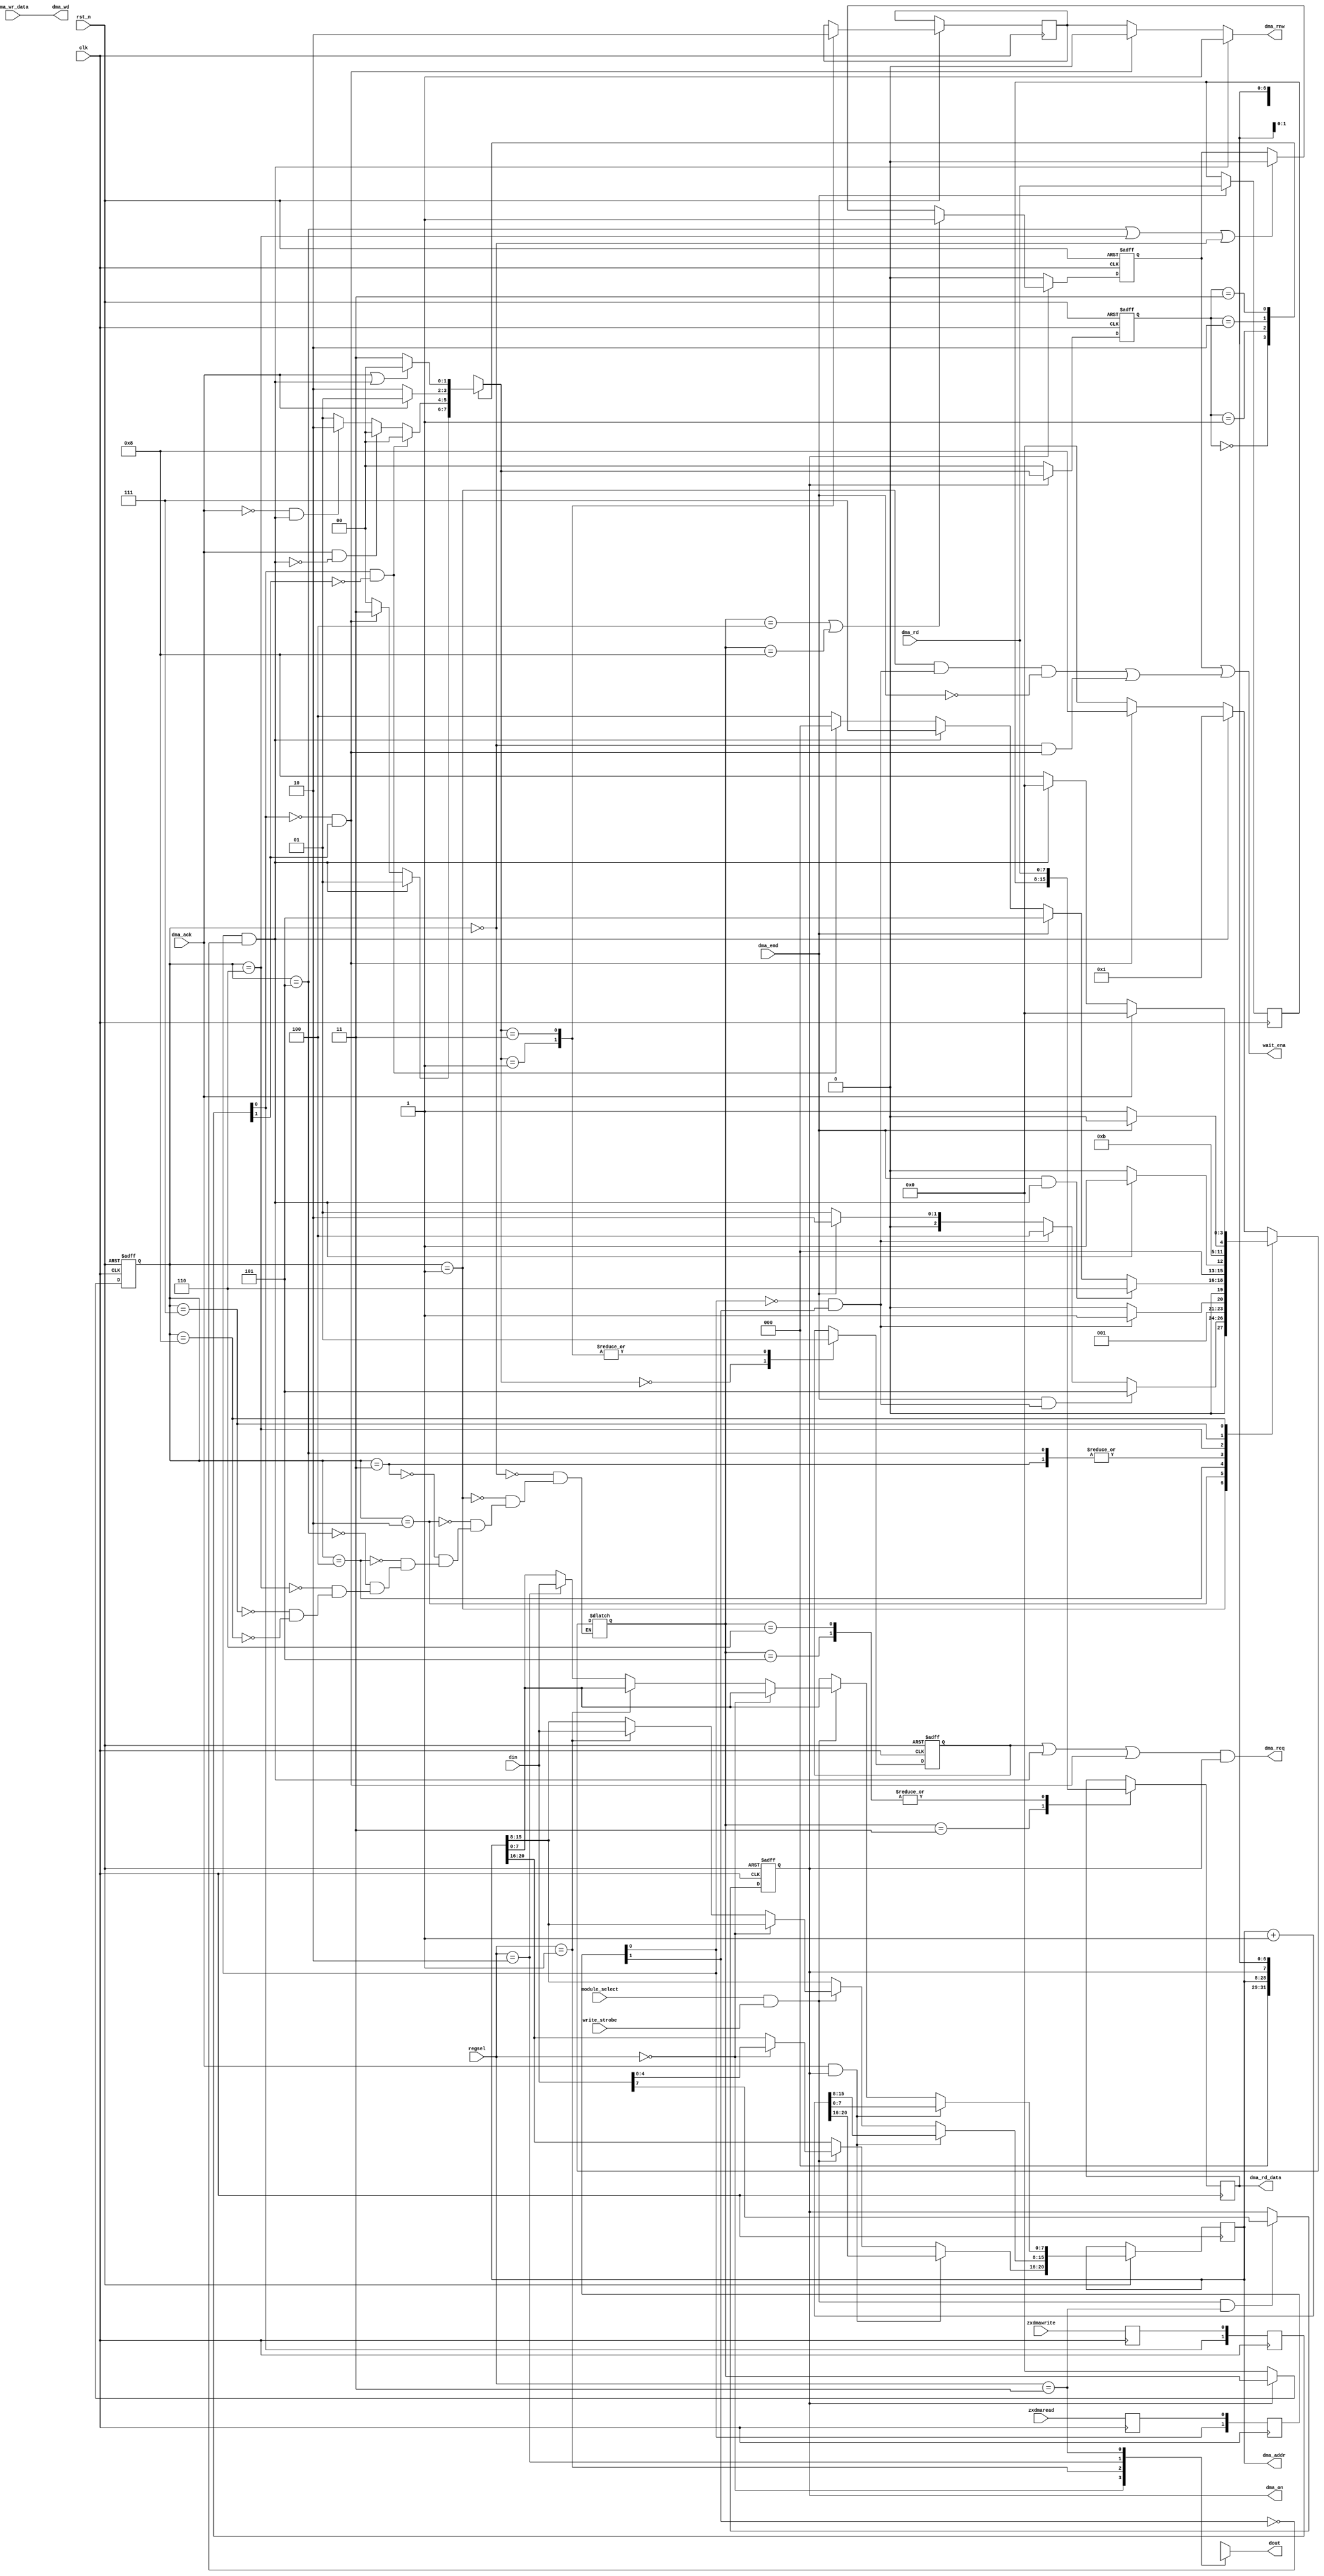
// part of NeoGS project
//
// (c) NedoPC 2007-2009
//
// ZX dma controller
//
// includes dma address regs, dma control reg

module dma_zx(

	input clk,
	input rst_n,


	// ZXBUS-related signals

	input zxdmaread,  // async strobes made directly from zxbus signals
	input zxdmawrite, //

	input      [7:0] dma_wr_data, // data written by ZXBUS here
	output reg [7:0] dma_rd_data, // to be output to the ZXBUS from here

	output reg wait_ena, // for zxbus module, to stop temporarily ZX Z80




	// different global & control signals

	output reg dma_on,


	// signals from ports.v

	input      [7:0] din,  // input and output from ports.v
	output reg [7:0] dout,

	input module_select, // =1 - module selected for read-write operations from ports.v
	input write_strobe, // one-cycle positive write strobe - writes to the selected registers from din

	input [1:0] regsel, // 2'b00 - high address, 2'b01 - middle address, 2'b10 - low address, 2'b11 - control register


	// signals for DMA controller

      output reg [20:0] dma_addr,
      output reg  [7:0] dma_wd,
      input       [7:0] dma_rd,
      output reg        dma_rnw,

      output reg dma_req,
      input      dma_ack,
      input      dma_end

);

	reg [7:0] dma_rd_temp; // temporarily buffered read data from DMA module

	reg zxdmaread_sync;  // syncing appropriate zxbus signals - stage 1
	reg zxdmawrite_sync; //

	reg [1:0] zxdmaread_strobe;  // syncing zxbus signals: stage 2 and change detection
	reg [1:0] zxdmawrite_strobe; //


	reg zxread_beg, zxwrite_beg; // 1-cycle positive pulses based on synced in zxdmaread and zxdmawrite
	reg zxread_end, zxwrite_end; //


	reg dma_prireq; // primary dma request
	reg dma_prirnw; // primary rnw for dma request

	reg waitena_reg; // registered wait_ena
	reg waitena_fwd; // forwarded early wait_ena: output wait_ena made from both this signals


	reg [3:0] zdma_state, zdma_next; // main FSM for zx-dma

	reg [1:0] dmarq_state,dmarq_next; // DMA req gen



	localparam _HAD = 2'b00; // high address
	localparam _MAD = 2'b01; // mid address
	localparam _LAD = 2'b10; // low address
	localparam _CST = 2'b11; // control and status

	// control dout bus
	always @*
	case( regsel[1:0] )
		_HAD: dout = { 3'b000, dma_addr[20:16] };
		_MAD: dout = dma_addr[15:8];
		_LAD: dout = dma_addr[7:0];
		_CST: dout = { dma_on, 7'bXXXXXXX };
	endcase

	// ports.v write access & dma_addr control
	always @(posedge clk, negedge rst_n)
	if( !rst_n ) // async reset
	begin
		dma_on <= 1'b0;
	end
	else // posedge clk
	begin
		// dma_on control
		if( module_select && write_strobe && (regsel==_CST) )
			dma_on <= din[7];

		// dma_addr control
		if( dma_ack && dma_on )
			dma_addr <= dma_addr + 21'd1; // increment on beginning of DMA transfer
		else if( module_select && write_strobe )
		begin
			if( regsel==_HAD )
				dma_addr[20:16] <= din[4:0];
			else if( regsel==_MAD )
				dma_addr[15:8]  <= din[7:0];
			else if( regsel==_LAD )
				dma_addr[7:0]   <= din[7:0];
		end
	end



	// syncing in zxdmaread and zxdmawrite, making _begin and _end pulses
	always @(negedge clk) // forcing signals syncing in!
	begin
		zxdmaread_sync  <= zxdmaread;
		zxdmawrite_sync <= zxdmawrite;
	end

	always @(posedge clk)
	begin
		zxdmaread_strobe[1:0]  <= { zxdmaread_strobe[0],  zxdmaread_sync  };
		zxdmawrite_strobe[1:0] <= { zxdmawrite_strobe[0], zxdmawrite_sync };
	end

	always @*
	begin
		zxread_beg  <= zxdmaread_strobe[0]  && (!zxdmaread_strobe[1]);
		zxwrite_beg <= zxdmawrite_strobe[0] && (!zxdmawrite_strobe[1]);

		zxread_end  <= (!zxdmaread_strobe[0])  && zxdmaread_strobe[1];
		zxwrite_end <= (!zxdmawrite_strobe[0]) && zxdmawrite_strobe[1];
	end





	// main FSM for zx-dma control

	localparam zdmaIDLE       = 0;
	localparam zdmaREAD       = 1; // read cycle has begun
	localparam zdmaENDREAD1   = 2; // end read cycle: wait for zxread_end
	localparam zdmaENDREAD2   = 3; // end read cycle: data from dma_rd_temp to dma_rd_data
	localparam zdmaSTARTWAIT  = 4; // assert wait_ena
	localparam zdmaFWDNOWAIT1 = 5; // forward data from dma_rd to dma_rd_data, negate wait_ena, if any, go to zdmaREAD if zxread_beg
	localparam zdmaFWDNOWAIT2 = 6; // forward data from dma_rd to dma_rd_data, negate wait_ena, if any, go to zdmaREAD always
	localparam zdmaWAITED     = 7; // waited until dma_end
	localparam zdmaWRITEWAIT  = 8; // write wait

	always @(posedge clk, negedge rst_n)
	if( !rst_n )
		zdma_state <= zdmaIDLE;
	else if( !dma_on )
		zdma_state <= zdmaIDLE;
	else
		zdma_state <= zdma_next;


	always @*
	begin

		case( zdma_state )

		zdmaIDLE:
			if( zxread_beg )
				zdma_next = zdmaREAD;
			else if( zxwrite_end )
				zdma_next = zdmaWRITEWAIT;
			else
				zdma_next = zdmaIDLE;

		zdmaREAD:
			if( dma_end && zxread_end ) // both signal simultaneously
				zdma_next = zdmaFWDNOWAIT1;
			else if( zxread_end )
				zdma_next = zdmaSTARTWAIT;
			else if( dma_end )
				zdma_next = zdmaENDREAD1;
			else
				zdma_next = zdmaREAD;

		zdmaENDREAD1:
			if( zxread_end )
				zdma_next = zdmaENDREAD2;
			else
				zdma_next = zdmaENDREAD1;

		zdmaENDREAD2:
			if( zxread_beg )
				zdma_next = zdmaREAD;
			else
				zdma_next = zdmaIDLE;

		zdmaSTARTWAIT:
			if( dma_end && zxread_beg )
				zdma_next = zdmaFWDNOWAIT2;
			else if( dma_end )
				zdma_next = zdmaFWDNOWAIT1;
			else if( zxread_beg )
				zdma_next = zdmaWAITED;
			else if( zxwrite_beg ) // to prevent dead locks!
				zdma_next = zdmaIDLE;
			else
				zdma_next = zdmaSTARTWAIT;

		zdmaFWDNOWAIT1:
			if( zxread_beg )
				zdma_next = zdmaREAD;
			else
				zdma_next = zdmaIDLE;

		zdmaFWDNOWAIT2:
			zdma_next = zdmaREAD;

		zdmaWAITED:
			if( dma_end )
				zdma_next = zdmaFWDNOWAIT2;
			else
				zdma_next = zdmaWAITED;


		zdmaWRITEWAIT:
			if( dma_ack )
				zdma_next = zdmaIDLE;
			else if( zxread_beg )
				zdma_next = zdmaIDLE;
			else
				zdma_next = zdmaWRITEWAIT;


		endcase
	end

	//control read data forwarding
	always @(posedge clk)
		if( dma_end ) dma_rd_temp <= dma_rd;

	always @(posedge clk)
		case( zdma_next )
			zdmaENDREAD2:
				dma_rd_data <= dma_rd_temp;
			zdmaFWDNOWAIT1:
				dma_rd_data <= dma_rd;
			zdmaFWDNOWAIT2:
				dma_rd_data <= dma_rd;
		endcase


	// control wait_ena
	always @(posedge clk, negedge rst_n)
		if( !rst_n )
			waitena_reg <= 1'b0;
		else if( !dma_on )
			waitena_reg <= 1'b0;
		else if( (zdma_next == zdmaSTARTWAIT) || (zdma_next == zdmaWRITEWAIT) )
			waitena_reg <= 1'b1;
		else if( (zdma_state == zdmaFWDNOWAIT1) || (zdma_state == zdmaFWDNOWAIT2) || (zdma_state == zdmaIDLE) )
			waitena_reg <= 1'b0;

	always @*
		waitena_fwd = ( (zdma_state==zdmaREAD) && zxread_end && (!dma_end) ) || ( (zdma_state==zdmaIDLE) && zxwrite_end );

	always @*
		wait_ena = waitena_reg | waitena_fwd;





	// FSM for dma requests

	localparam dmarqIDLE   = 0;
	localparam dmarqRDREQ1 = 1;
	localparam dmarqRDREQ2 = 2;
	localparam dmarqWRREQ  = 3;

	always @(posedge clk, negedge rst_n)
	if( !rst_n )
		dmarq_state <= dmarqIDLE;
	else if( !dma_on )
		dmarq_state <= dmarqIDLE;
	else
		dmarq_state <= dmarq_next;

	always @*
	case( dmarq_state )

		dmarqIDLE:
			if( zxread_beg )
				dmarq_next <= dmarqRDREQ1;
			else if( zxwrite_end )
				dmarq_next <= dmarqWRREQ;
			else
				dmarq_next <= dmarqIDLE;

		dmarqRDREQ1:
			if( zxwrite_beg )
				dmarq_next <= dmarqIDLE; // to prevent dead ends!
			else if( dma_ack && (!zxread_beg) )
				dmarq_next <= dmarqIDLE;
			else if( (!dma_ack) && zxread_beg )
				dmarq_next <= dmarqRDREQ2;
			else // nothing or both zxread_beg and dma_ack
				dmarq_next <= dmarqRDREQ1;

		dmarqRDREQ2:
			if( dma_ack )
				dmarq_next <= dmarqRDREQ1;
			else
				dmarq_next <= dmarqRDREQ2;

		dmarqWRREQ:
			if( dma_ack || zxread_beg ) //zxread_beg - to prevent dead end!
				dmarq_next <= dmarqIDLE;
			else
				dmarq_next <= dmarqWRREQ;
	endcase

	always @(posedge clk, negedge rst_n)
	if( !rst_n )
		dma_prireq <= 1'b0;
	else
	case( dmarq_next )

		dmarqIDLE:
		begin
			dma_prireq <= 1'b0;
		end

		dmarqRDREQ1:
		begin
			dma_prireq <= 1'b1;
			dma_prirnw <= 1'b1;
		end

		dmarqRDREQ2:
		begin
			// nothing
		end

		dmarqWRREQ:
		begin
			dma_prireq <= 1'b1;
			dma_prirnw <= 1'b0;
		end

	endcase

	always @* dma_req <= (dma_prireq | zxread_beg | zxwrite_end ) & dma_on;

	always @*
		if( zxread_beg )
			dma_rnw <= 1'b1;
		else if( zxwrite_end )
			dma_rnw <= 1'b0;
		else
			dma_rnw <= dma_prirnw;

	always @* dma_wd <= dma_wr_data;


endmodule